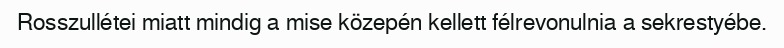
Rosszullétei miatt mindig a mise közepén kellett félrevonulnia a sekrestyébe.